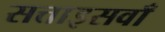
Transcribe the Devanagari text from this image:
सत्ताइसवाँ